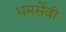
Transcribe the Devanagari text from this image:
धमर्सेवी